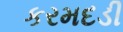
કરમદડી